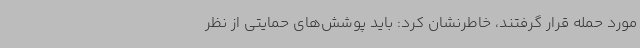
مورد حمله قرار گرفتند، خاطرنشان کرد: باید پوشش‌های حمایتی از نظر